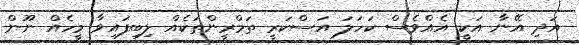
އަދި އޭނާ އަކީ އެއްވެސް ކަހަލަ އަސްކަރީ ތަމްރީންތަކެއް ލިބިފައިވާ މީހެއް ނޫން